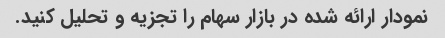
نمودار ارائه شده در بازار سهام را تجزیه و تحلیل کنید.